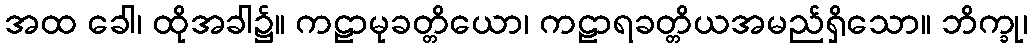
အထ ခေါ၊ ထိုအခါ၌။ ကဠာမုခတ္တိယော၊ ကဠာရခတ္တိယအမည်ရှိသော။ ဘိက္ခု၊